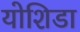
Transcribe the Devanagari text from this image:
योशिडा